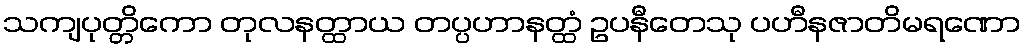
သကျပုတ္တိကော တုလနတ္ထာယ တပ္ပဟာနတ္ထံ ဥပနီတေသု ပဟီနဇာတိမရဏော